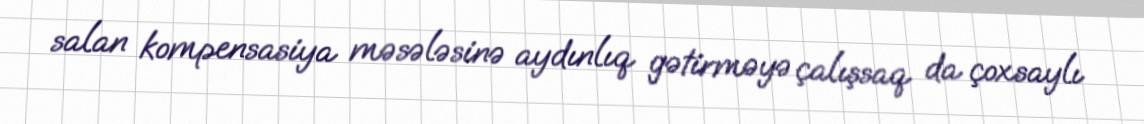
salan kompensasiya məsələsinə aydınlıq gətirməyə çalışsaq da çoxsaylı